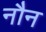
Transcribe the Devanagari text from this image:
नौन